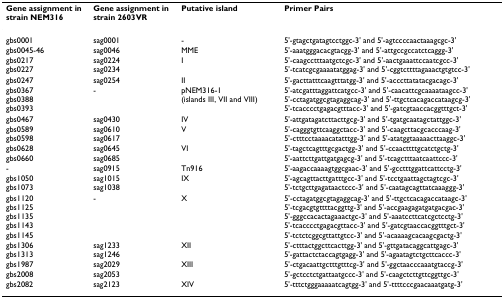
<table><thead><tr><td><b>Gene assignment in strain NEM316</b></td><td><b>Gene assignment in strain 2603VR</b></td><td><b>Putative island</b></td><td><b>Primer Pairs</b></td></tr></thead><tbody><tr><td>gbs0001</td><td>sag0001</td><td>-</td><td>5&#x27;-gtagctgatagtcctggc-3&#x27; and 5&#x27;-agtccccaactaaagcgc-3&#x27;</td></tr><tr><td>gbs0045-46</td><td>sag0046</td><td>MME</td><td>5&#x27;-aaatgggacacgtacgg-3&#x27; and 5&#x27;-attgccgccatctcaggg-3&#x27;</td></tr><tr><td>gbs0217gbs0227</td><td>sag0224sag0234</td><td>I</td><td>5&#x27;-caagcctttaatgctcgc-3&#x27; and 5&#x27;-aactgaaattccaatcgcc-3&#x27;5&#x27;-tcatcgcgaaaatatggag-3&#x27; and 5&#x27;-cggtcttttagaaactgtgtcc-3&#x27;</td></tr><tr><td>gbs0247</td><td>sag0254</td><td>II</td><td>5&#x27;-gacttatttcaagtttatgg-3&#x27; and 5&#x27;-acccttatatacgacagc-3&#x27;</td></tr><tr><td>gbs0367gbs0388gbs0393</td><td>-</td><td>pNEM316-1(islands III, VII and VIII)</td><td>5&#x27;-atcgatttaggattcatgcc-3&#x27; and 5&#x27;-caacattcgcaaaataagcc-3&#x27;5&#x27;-cctagatggcgtagaggcag-3&#x27; and 5&#x27;-ttgctcacagaccataagcg-3&#x27;5&#x27;-tcacccctgagacgtttacc-3&#x27; and 5&#x27;-gatcgtaaccacggtttgct-3&#x27;</td></tr><tr><td>gbs0467</td><td>sag0430</td><td>IV</td><td>5&#x27;-attgatagatcttacttgcg-3&#x27; and 5&#x27;-tgatgcaatagctattggc-3&#x27;</td></tr><tr><td>gbs0589gbs0598</td><td>sag0610sag0617</td><td>V</td><td>5&#x27;-cagggtgttcaaggctacc-3&#x27; and 5&#x27;-caagcttacgcacccaag-3&#x27;5&#x27;-ctttcctaaaacatatttgg-3&#x27; and 5&#x27;-atatggtaaaaacttaaggc-3&#x27;</td></tr><tr><td>gbs0628gbs0660</td><td>sag0645sag0685</td><td>VI</td><td>5&#x27;-tagctcagtttgcgactgg-3&#x27; and 5&#x27;-ccaacttttgcatctgctg-3&#x27;5&#x27;-aattcttgattgatgagcg-3&#x27; and 5&#x27;-tcagctttaatcaattccc-3&#x27;</td></tr><tr><td>-</td><td>sag0915</td><td>Tn916</td><td>5&#x27;-aagaccaaaagtggcgaac-3&#x27; and 5&#x27;-gcctttggattcattcctg-3&#x27;</td></tr><tr><td>gbs1050gbs1073</td><td>sag1015sag1038</td><td>IX</td><td>5&#x27;-agcagttacttgatttgcc-3&#x27; and 5&#x27;-tcctgaattagctagtcgc-3&#x27;5&#x27;-tctgcttgagataactccc-3&#x27; and 5&#x27;-caatagcagttatcaaaggg-3&#x27;</td></tr><tr><td>gbs1120gbs1125gbs1135gbs1143gbs1145</td><td>-</td><td>X</td><td>5&#x27;-cctagatggcgtagaggcag-3&#x27; and 5&#x27;-ttgctcacagaccataagc-3&#x27;5&#x27;-tcgacgtgttttacggttg-3&#x27; and 5&#x27;-accgaagagatgatgacgac-3&#x27;5&#x27;-gggccacactagaaactgc-3&#x27; and 5&#x27;-aaatccttcatcgctcctg-3&#x27;5&#x27;-tcacccctgagacgttacc-3&#x27; and 5&#x27;-gatcgtaaccacggtttgct-3&#x27;5&#x27;-tctctcggcgttattgtcc-3&#x27; and 5&#x27;-acaaaagcacaagcgactg-3&#x27;</td></tr><tr><td>gbs1306gbs1313</td><td>sag1233sag1246</td><td>XII</td><td>5&#x27;-ctttactggcttcacttgg-3&#x27; and 5&#x27;-gttgatacaggcattgagc-3&#x27;5&#x27;-gattactctaccagtgagg-3&#x27; and 5&#x27;-agaatagtctgcttcaccc-3&#x27;</td></tr><tr><td>gbs1987gbs2008</td><td>sag2029sag2053</td><td>XIII</td><td>5&#x27;-ctgacaattgctttgtttcg-3&#x27; and 5&#x27;-ggctaacccaaatgtaccg-3&#x27;5&#x27;-gctcctctgattaatgccc-3&#x27; and 5&#x27;-caagctcttgttcggttgc-3&#x27;</td></tr><tr><td>gbs2082</td><td>sag2123</td><td>XIV</td><td>5&#x27;-tttctgggaaaaatcagtgg-3&#x27; and 5&#x27;-ttttcccgaacaaatgatg-3&#x27;</td></tr></tbody></table>